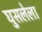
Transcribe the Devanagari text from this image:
घुसलेला